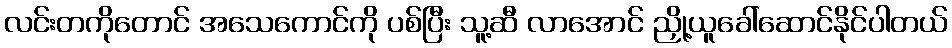
လင်းတကိုတောင် အသေကောင်ကို ပစ်ပြီး သူ့ဆီ လာအောင် ညှို့ယူခေါ်ဆောင်နိုင်ပါတယ်